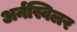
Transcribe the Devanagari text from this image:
अर्नस्विलर